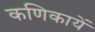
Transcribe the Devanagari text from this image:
कणिकायें